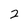
Character: 2